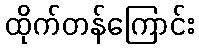
ထိုက်တန်ကြောင်း